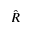
\hat { R }